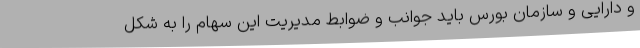
و دارایی و سازمان بورس باید جوانب و ضوابط مدیریت این سهام را به شکل